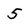
Character: 5